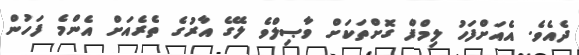
ދެއެވެ. އެއަށްފަހު ލިމްފް ގޮށްތަކަށް ވާޞިލްވެ ލޭގެ އާރުގެ ތެރެއަށް އެންމެ ފަހުން